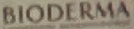
BIODERMA